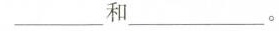
___ 和 ___ 。